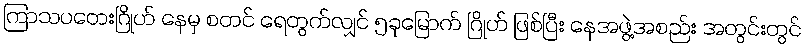
ကြာသပတေးဂြိုဟ် နေမှ စတင် ရေတွက်လျှင် ၅ခုမြောက် ဂြိုဟ် ဖြစ်ပြီး နေအဖွဲ့အစည်း အတွင်းတွင်